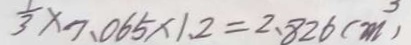
3 \times 7 . 0 6 5 \times 1 . 2 = 2 . 8 2 6 ( m ^ { 3 } )